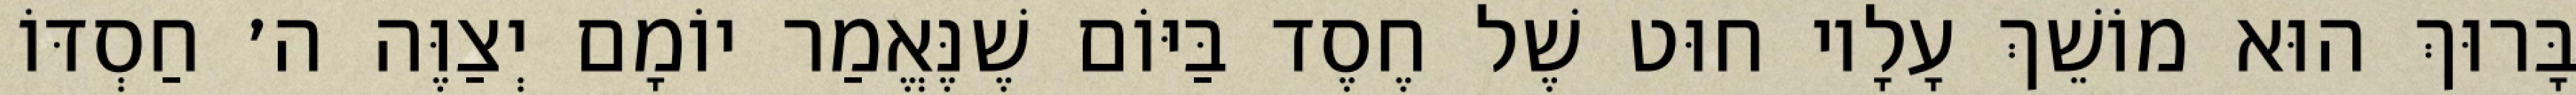
בָּרוּךְ הוּא מוֹשֵׁךְ עָלָיו חוּט שֶׁל חֶסֶד בַּיּוֹם שֶׁנֶּאֱמַר יוֹמָם יְצַוֶּה ה׳ חַסְדּוֹ